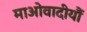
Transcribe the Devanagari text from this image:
माओवादीयौं